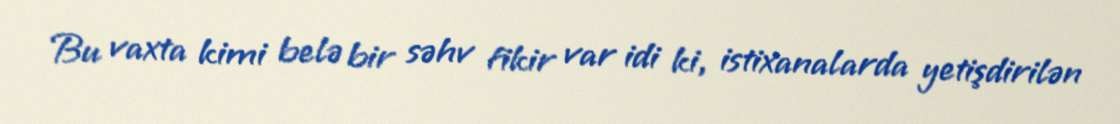
Bu vaxta kimi belə bir səhv fikir var idi ki, istixanalarda yetişdirilən